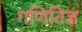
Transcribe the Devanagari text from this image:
गणितिज्ञ